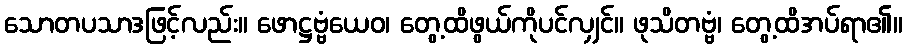
သောတပသာဒဖြင့်လည်း။ ဖောဋ္ဌဗ္ဗံယေဝ၊ တွေ့ထိဖွယ်ကိုပင်လျှင်။ ဖုသိတဗ္ဗံ၊ တွေ့ထိအပ်ရာ၏။